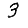
Digit: 3